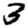
Digit: 3